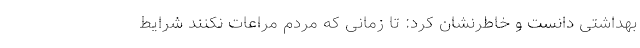
بهداشتی دانست و خاطرنشان کرد: تا زمانی که مردم مراعات نکنند شرایط